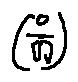
( \frac { o } { [ i ] } )